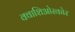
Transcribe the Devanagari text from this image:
क्वाशिओरकोर